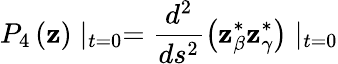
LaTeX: P_{4}\left(\mathbf{z}\right)\mid_{t=0}=\frac{{d^{2}}}{{ds^{2}}}\left(\mathbf{z}_{\beta}^{*}\mathbf{z}_{\gamma}^{*}\right)\mid_{t=0}